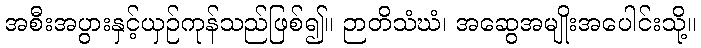
အစီးအပွားနှင့်ယှဉ်ကုန်သည်ဖြစ်၍။ ဉာတိသံဃံ၊ အဆွေအမျိုးအပေါင်းသို့။